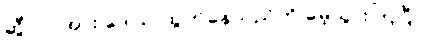
ဆွီလင်အား ဒေါသ ထွက်နေသည်ကို မေ့သွားကြပြီ။